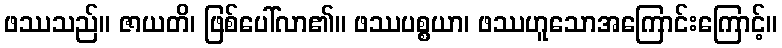
ဖဿသည်။ ဇာယတိ၊ ဖြစ်ပေါ်လာ၏။ ဖဿပစ္စယာ၊ ဖဿဟူသောအကြောင်းကြောင့်။